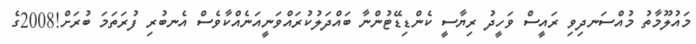
މައުލޫމާތު މުއްސަނދިވި ރައީސް ވަހީދު ރިޔާސީ ކެންޑިޑޭޓުންނާ ބައްދަލުކުރައްވަނީއަނެއްކާވެސް އެނބުރި ފުރަތަމަ ބުރަށް!2008ގެ